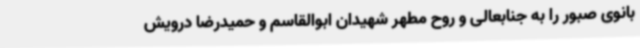
بانوی صبور را به جنابعالی و روح مطهر شهیدان ابوالقاسم و حمیدرضا درویش